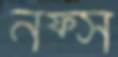
নফ্স